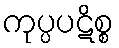
ကုပ္ပပဋိစ္စ